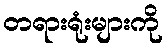
တရားရုံးများကို